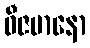
ဝီဇမာနော